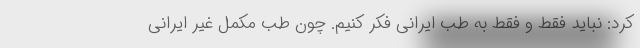
کرد: نباید فقط و فقط به طب ایرانی فکر کنیم. چون طب مکمل غیر ایرانی